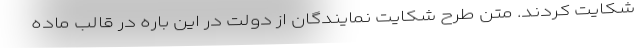
شکایت کردند. متن طرح شکایت نمایندگان از دولت در این باره در قالب ماده